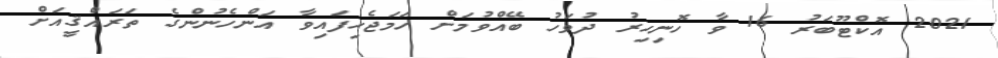
2021 އޮކްޓޫބަރު 16 ވާ ހޮނިހިރު ދުވަހު ބޭއްވުމަށް ހަމަޖެހިފައިވާ އަންހެނުންގެ ތަރައްޤީއަށް